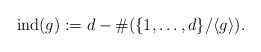
LaTeX: \begin{align*}\textrm{ind}(g):= d - \#(\{1, \ldots, d\}/\langle g \rangle).\end{align*}